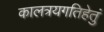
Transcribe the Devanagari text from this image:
कालत्रयगतिहेतुं